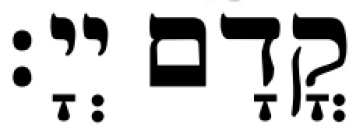
קֳדָם יְיָ׃